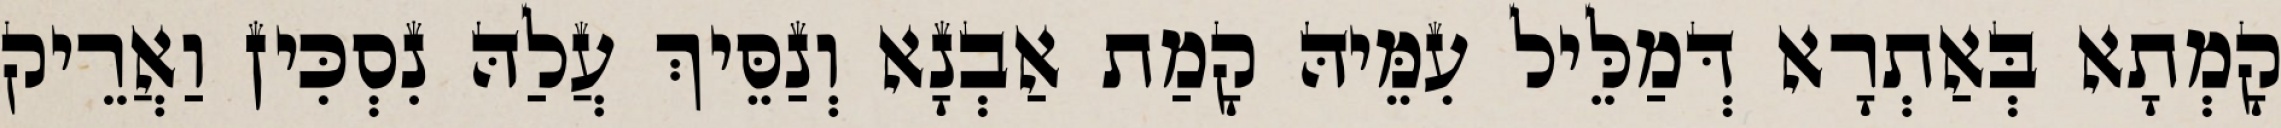
קָמְתָא בְּאַתְרָא דְּמַלֵּיל עִמֵּיהּ קָמַת אַבְנָא וְנַסֵּיךְ עֲלַהּ נִסְכִּין וַאֲרֵיק